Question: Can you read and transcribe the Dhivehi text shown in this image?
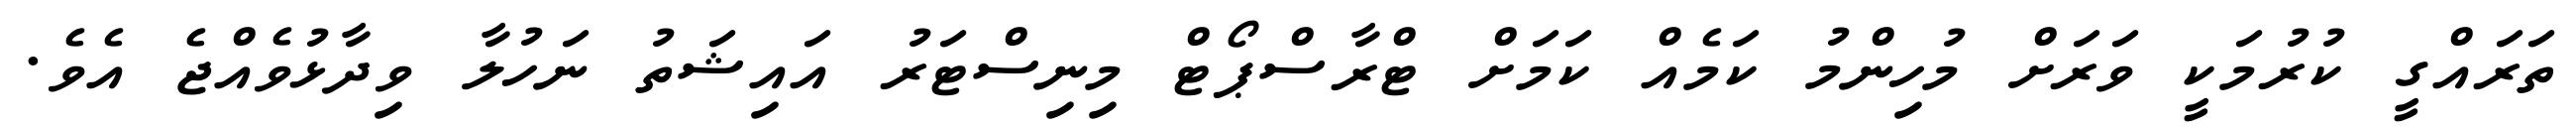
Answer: ތަރައްގީ ކުރުމަކީ ވަރަށް މުހިންމު ކަމެއް ކަމަށް ޓްރާސްޕޯޓް މިނިސްޓަރު އައިޝަތު ނަހުލާ ވިދާޅުވެއްޖެ އެވެ.